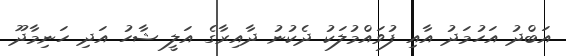
އަބްދު އަހުމަދު އާއި ފުވައްމުލަކު ދެކުނު ދާއިރާގެ އަލީ ޝާހު އަދި ހަނިމާދޫ